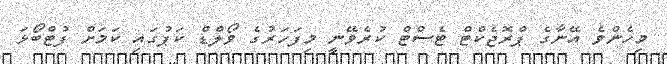
މިހެންވެ އޭނާގެ ޕްރޮޖެކްޓް ޓެސްޓް ކުރެވޭނީ މިފަހަރުގެ ވޯލްޑް ކަޕުގައި ކަމަށް ފުޓްބޯޅަ